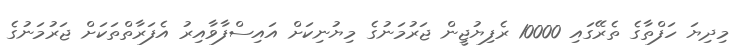
މިދިޔަ ހަފްތާގެ ތެރޭގައި 10000 ރެފިޔުޖީން ޖަރުމަނުގެ މިޔުނިކަށް އައިސްފާވާއިރު އެފަރާތްތަކަށް ޖަރުމަނުގެ